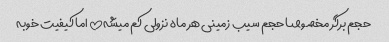
حجم برگر مخصوصا حجم سیب زمینی هر ماه نزولی کم میشه!! اما کیفیت خوبه